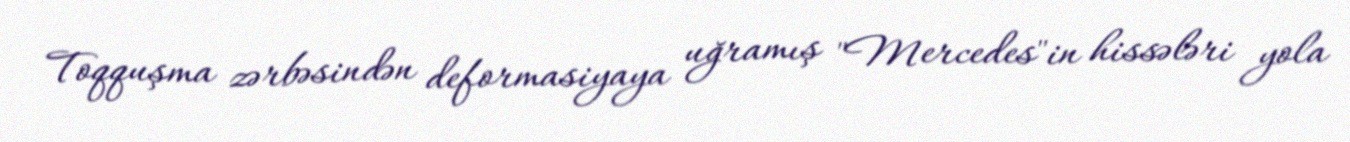
Toqquşma zərbəsindən deformasiyaya uğramış "Mercedes"in hissələri yola